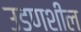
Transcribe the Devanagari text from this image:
उडणशील